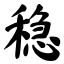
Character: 稳